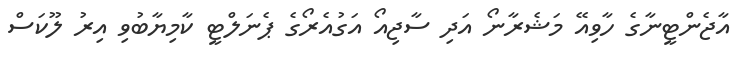
އާޖެންޓީނާގެ ހާވިއޭ މަޝެރާނޯ އަދި ސާޖިއޯ އަގުއެރޯގެ ޕެނަލްޓީ ކާމިޔާބުވި އިރު ލޫކަސް